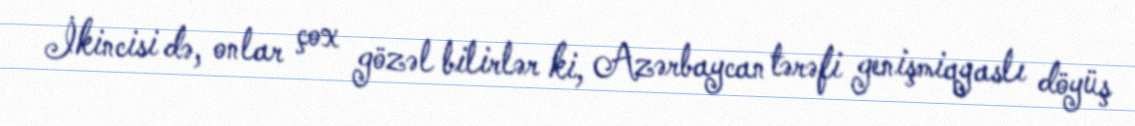
İkincisi də, onlar çox gözəl bilirlər ki, Azərbaycan tərəfi genişmiqyaslı döyüş